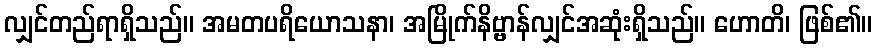
လျှင်တည်ရာရှိသည်။ အမတပရိယောသနာ၊ အမြိုက်နိဗ္ဗာန်လျှင်အဆုံးရှိသည်။ ဟောတိ၊ ဖြစ်၏။